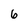
Character: 6